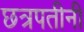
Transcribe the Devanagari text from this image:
छत्रपतीनी